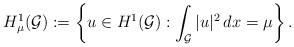
LaTeX: \begin{align*}H_{\mu}^1(\mathcal{G}):= \left\{u\in H^1(\mathcal{G}): \int_{\mathcal{G}}|u|^2\,dx=\mu\right\}.\end{align*}